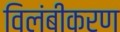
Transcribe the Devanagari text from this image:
विलंबीकरण